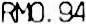
RM0.94